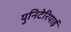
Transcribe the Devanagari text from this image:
युनिटेरियाई